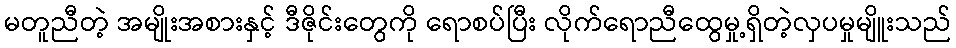
မတူညီတဲ့ အမျိုးအစားနှင့် ဒီဇိုင်းတွေကို ရောစပ်ပြီး လိုက်ရောညီထွေမှု့ရှိတဲ့လှပမှုမျိူးသည်